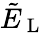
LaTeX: \tilde{E}_{\mathrm{~L~}}